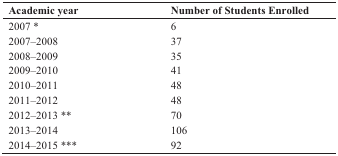
| Academic year | Number of Students Enrolled |
 | --- | --- |
 | 2007 * | 6 |
 | 2007–2008 | 37 |
 | 2008–2009 | 35 |
 | 2009–2010 | 41 |
 | 2010–2011 | 48 |
 | 2011–2012 | 48 |
 | 2012–2013 ** | 70 |
 | 2013–2014 | 106 |
 | 2014–2015 *** | 92 |